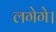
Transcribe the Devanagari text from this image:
लगेगे।